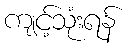
ကျင့်သုံးရန်